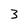
Character: 3